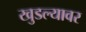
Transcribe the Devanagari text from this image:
खुडल्यावर